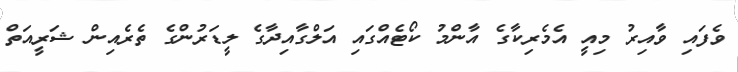
ވެފައި ވާއިރު މިއީ އެމެރިކާގެ އާންމު ކޯޓެއްގައި އަަލްގާއިދާގެ ލީޑަރުންގެ ތެރެއިން ޝަރީއަތް